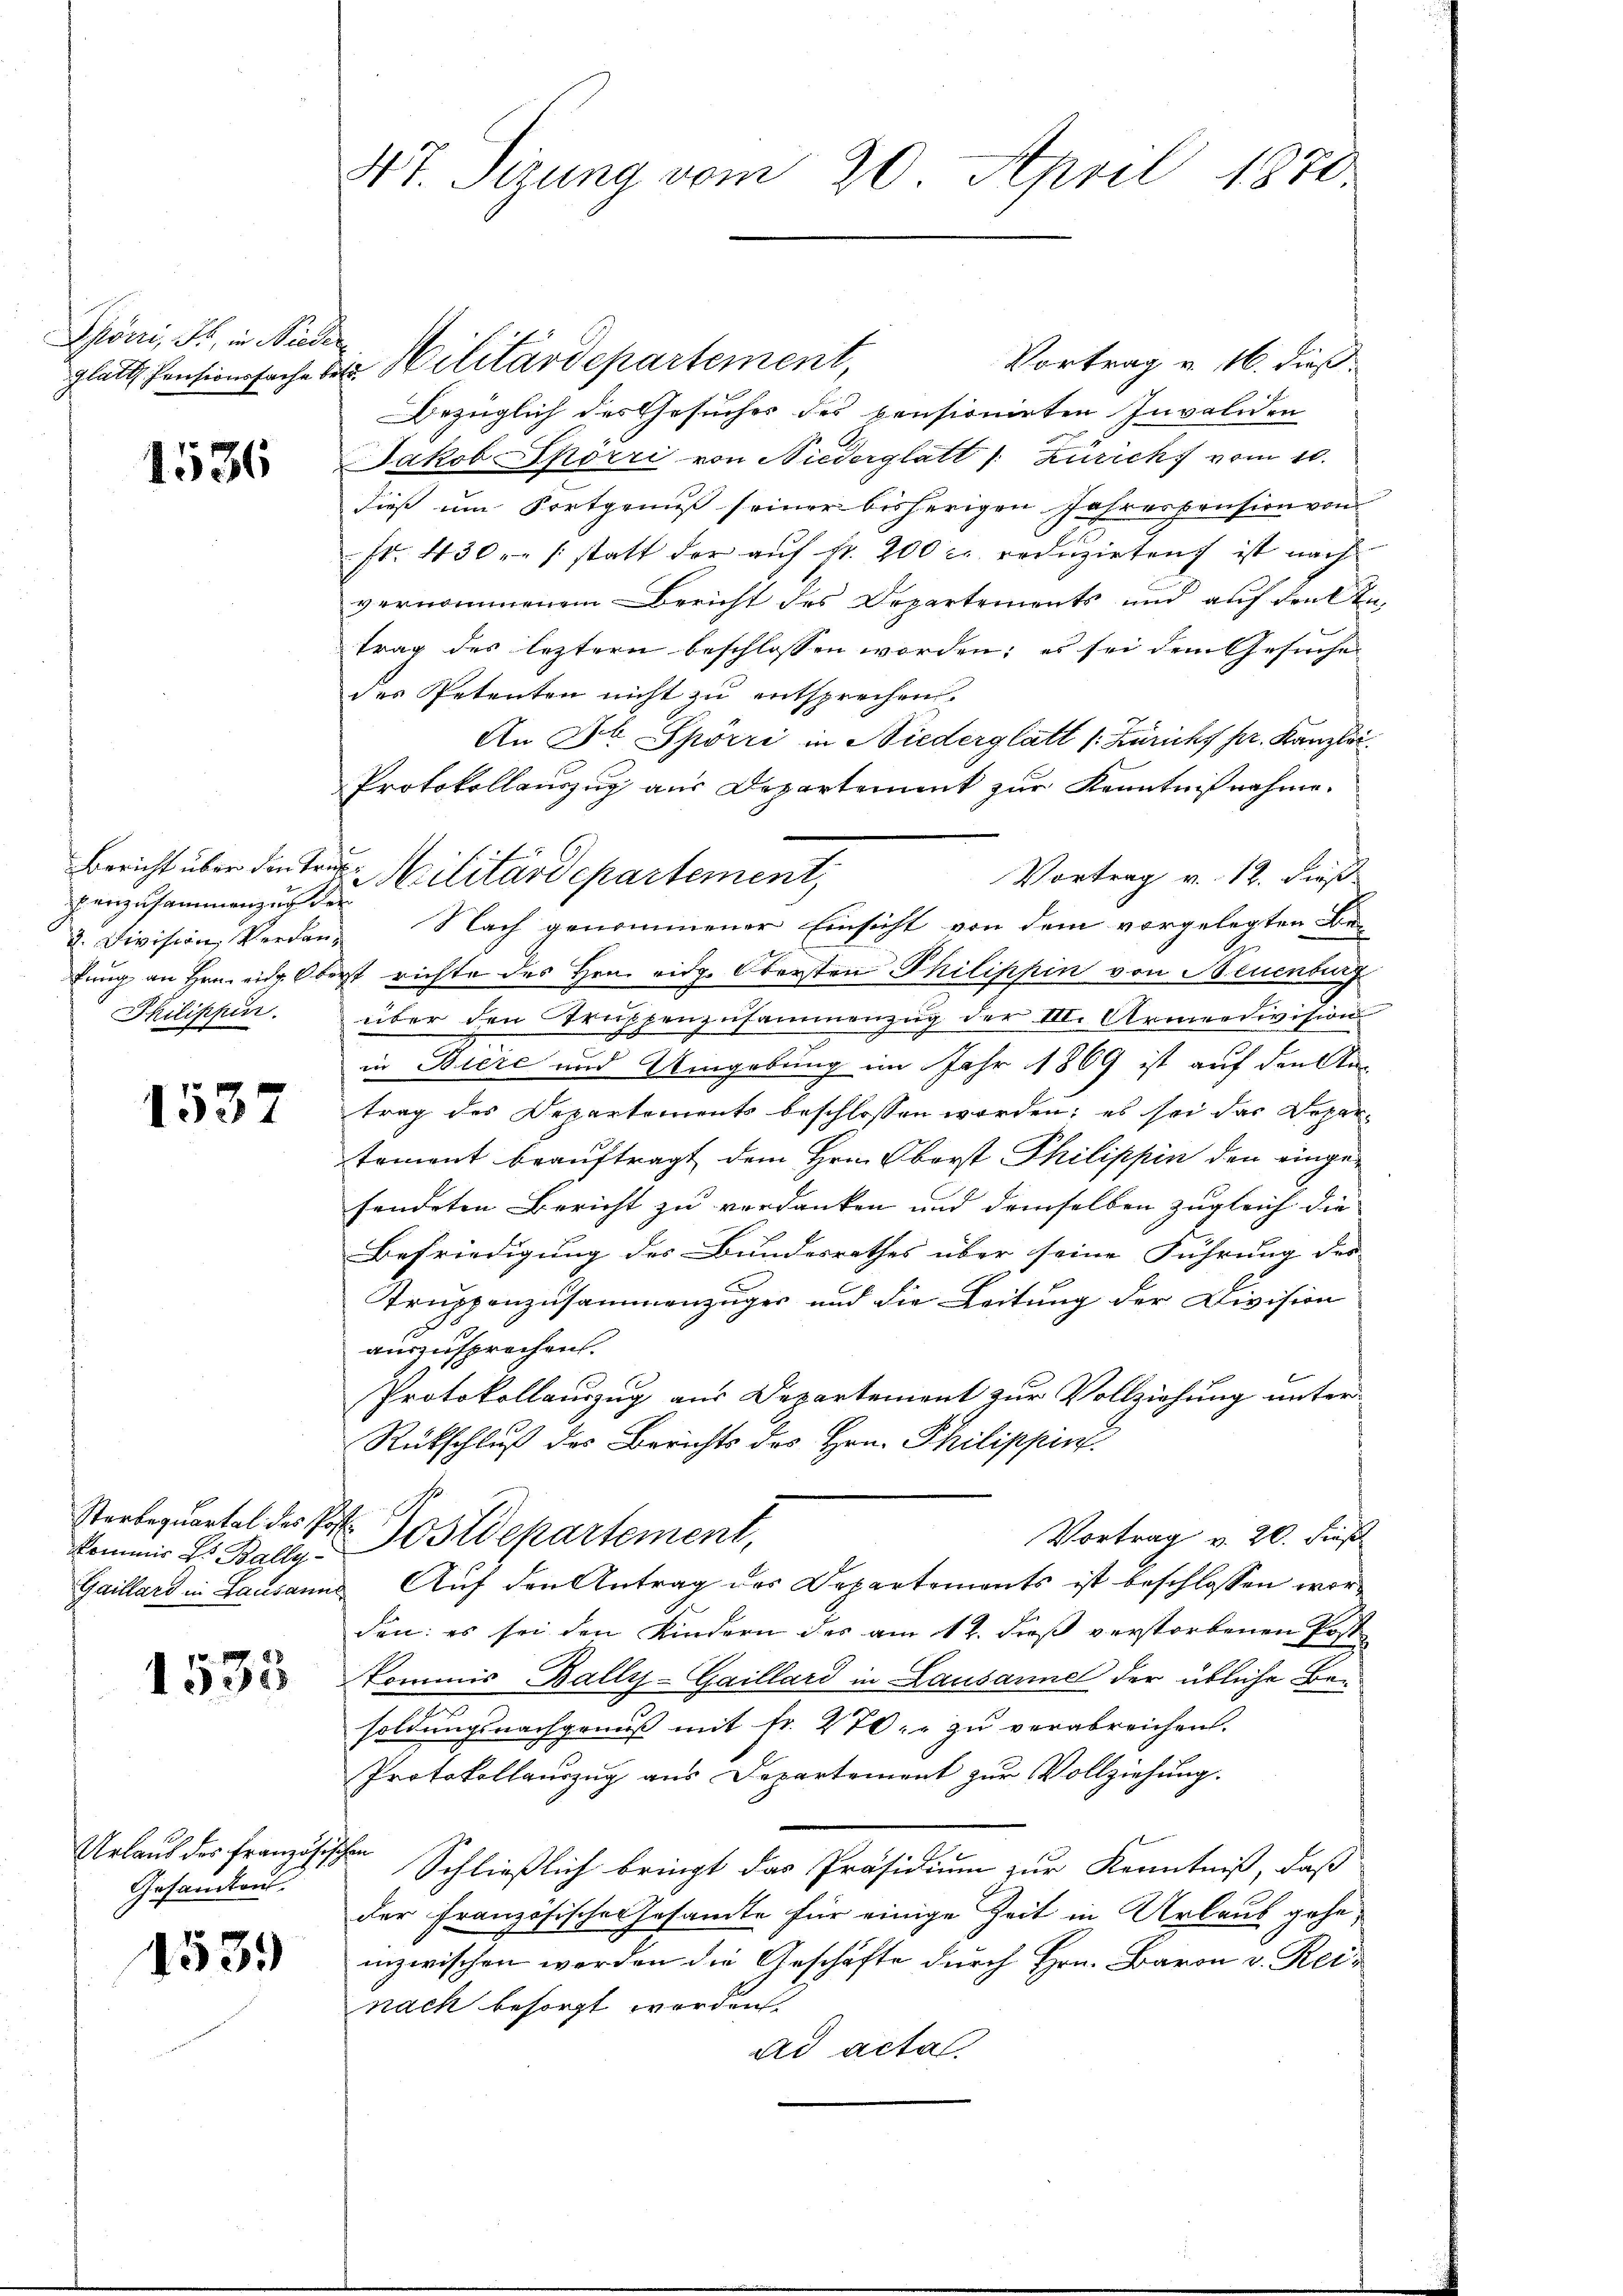
Spörri, S. in Niede
glatt Pensionsfache:

1536

Bericht über den Tri
f anzusammen zur der
2. Division, Verdanfung an Hrn. eidg. Obe
Philippin

1537

Sterbequartal des Pos
Kommis L. Bally
Gaillard in Lausanne

1535

s

Urlaub des Französis
Gesandten.

1539

47. Sizung vom 20. April 1870

2 Militärdepartement
Vortrag v. 16. dieß.
Bezüglich des Gesuches des pensionirten Invaliden
Jakob Spörri von Niederglatt /: Zürich vom 10.
dieß um Fortgenuß seiner bisherigen Jahrespension von
st. 430. /: statt der auf fr. 200 l. reduzirten ist nach
vernommenem Bericht des Departements und auf drükte
trag des leztern beschlossen worden; es sei dem Gesuche
des Petenten nicht zu entsprechen.
An Dr. Spörri in Niederglatt (: Züricht pr. Kanzlei.
Protokollauszug aus Departement zur Kenntnißnahme.
Vortrag v. 12. dieß
2 Militärdepartement,
Nach genommener Einsicht von dem vorgelegten Be-
ist richte des Hrn. eidg. Obersten Philippin von Neuenburg
über den Truppenzusammenzug der III. Armeedivision
in Biere und Umgebung im Jahr 1869 ist auf den Antrag des Departements beschlossen worden; es sei das Departement beauftragt dem Hrn. Oberst Philippin den eingefendeten Bericht zu verdanken und demselben zugleich die
Befriedigung des Bundesrathes über seine Führung des
Truppenzusammenzuger und die Leitung der Division
auszusprechen.
Protokollauszug aus Departement zur Vollziehung unter
Rückschluß des Berichts des Hrn. Philippin
Postdepartement,
Vortrag v. 20. dieß
Auf den Antrag des Departements ist beschlossen worden: es sei den Kindern des am 12. dieß verstorbenen Poste
Kommis Bally-Gaillard in Lausanne der übliche Ben
soldungsnachgenuß mit Fr. 270, zu verabreichen.
Protokollauszug aus Departement zur Vollziehung.
sen
Schließlich bringt das Präsidium zur Kenntniß, daß
der französischen Gesamte für einige Zeit in Urlaub gehe,
inzwischen werden die Geschäfte durch Hrn. Baron v. Reinach besorgt werden.
ad acta